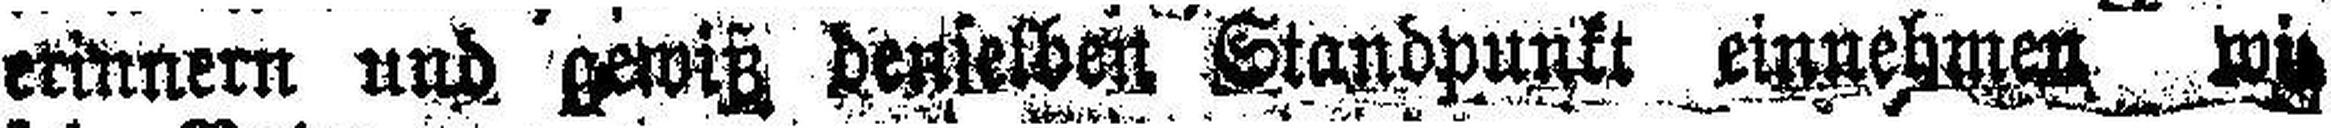
Erinnern und gewiß denselben Standpunkt einnehmen wi###